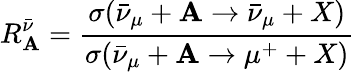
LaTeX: R_{\mathbf{A}}^{\bar{{\nu}}}=\frac{{\sigma(\bar{{\nu}}_{\mu}+\mathbf{A}\to\bar{{\nu}}_{\mu}+X)}}{{\sigma(\bar{{\nu}}_{\mu}+\mathbf{A}\to\mu^{+}+X)}}